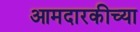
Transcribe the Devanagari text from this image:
आमदारकीच्या